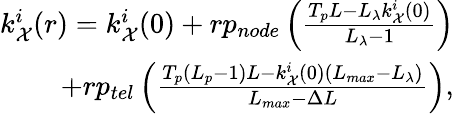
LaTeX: \begin{array}{r}{k_{\mathcal{X}}^{i}(r)=k_{\mathcal{X}}^{i}(0)+rp_{node}\left(\frac{T_{p}L-L_{\lambda}k_{\mathcal{X}}^{i}(0)}{L_{\lambda}-1}\right)}\\ {+rp_{tel}\left(\frac{T_{p}(L_{p}-1)L-k_{\mathcal{X}}^{i}(0)(L_{max}-L_{\lambda})}{L_{max}-\Delta L}\right),}\end{array}